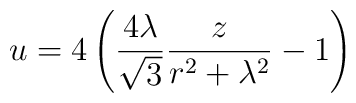
u=4\left({{4\lambda}\over{\sqrt{3}}}{z\over{r^2+\lambda^2}}-1\right)